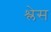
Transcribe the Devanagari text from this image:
श्लेस